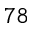
^ { 7 8 }